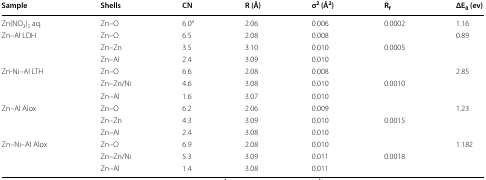
| Sample | Shells | CN | R (Å) | σ2 (Å2) | Rf | ΔE0 (ev) |
 | --- | --- | --- | --- | --- | --- | --- |
 | Zn(NO3)2 aq. | Zn–O | 6.0a | 2.06 | 0.006 | 0.0002 | 1.16 |
 | Zn–Al LDH | Zn–O | 6.5 | 2.08 | 0.008 |  | 0.89 |
 |  | Zn–Zn | 3.5 | 3.10 | 0.010 | 0.0005 |  |
 |  | Zn–Al | 2.4 | 3.09 | 0.010 |  |  |
 | Zn-Ni–Al LTH | Zn–O | 6.6 | 2.08 | 0.008 |  | 2.85 |
 |  | Zn–Zn/Ni | 4.6 | 3.08 | 0.010 | 0.0010 |  |
 |  | Zn–Al | 1.6 | 3.07 | 0.010 |  |  |
 | Zn–Al Alox | Zn–O | 6.2 | 2.06 | 0.009 |  | 1.23 |
 |  | Zn–Zn | 4.3 | 3.09 | 0.010 | 0.0015 |  |
 |  | Zn–Al | 2.4 | 3.08 | 0.010 |  |  |
 | Zn–Ni–Al Alox | Zn–O | 6.9 | 2.08 | 0.010 |  | 1.182 |
 |  | Zn–Zn/Ni | 5.3 | 3.09 | 0.011 | 0.0018 |  |
 |  | Zn–Al | 1.4 | 3.08 | 0.011 |  |  |